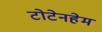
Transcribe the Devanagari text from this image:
टोटेनहेम